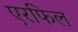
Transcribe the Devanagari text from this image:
एरफिल